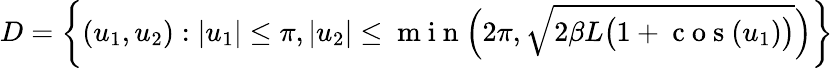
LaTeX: D=\left\{ (u_{1},u_{2}):|u_{1}|\leq\pi,|u_{2}|\leq\mathrm{~m~i~n~}\Big(2\pi,\sqrt{2\beta L\big(1+\mathrm{~c~o~s~}(u_{1})\big)}\Big)\right\}